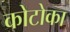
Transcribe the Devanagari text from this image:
कोटोका